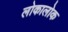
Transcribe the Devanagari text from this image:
लोकालोक